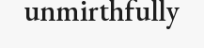
unmirthfully